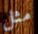
مثل